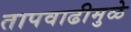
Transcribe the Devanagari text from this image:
तापवाढीमुळे